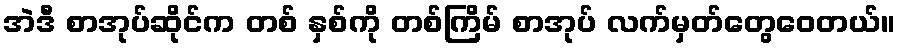
အဲဒီ စာအုပ်ဆိုင်က တစ် နှစ်ကို တစ်ကြိမ် စာအုပ် လက်မှတ်တွေဝေတယ်။